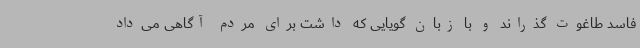
فاسد طاغوت گذراند و با زبان گویایی که داشت برای مردم آگاهی می‌داد